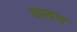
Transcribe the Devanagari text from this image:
चतन